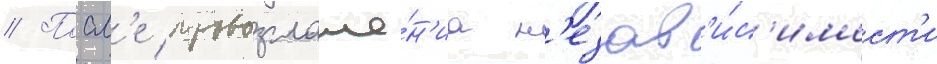
// Посл'е провозглаше́н'иа н'езав'и́с'имост'и